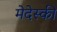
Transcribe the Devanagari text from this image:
मेदेस्की